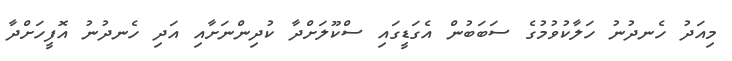
މިއަދު ހެނދުނު ހަލާކުވުމުގެ ސަބަބުން އެގަޑީގައި ސްކޫލަށްދާ ކުދިންނަށާއި އަދި ހެނދުނު އޮފީހަށްދާ